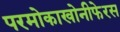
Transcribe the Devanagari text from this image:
परमोकाखोनीफेरस